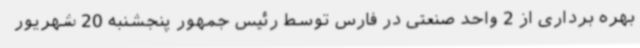
بهره برداری از 2 واحد صنعتی در فارس توسط رئیس جمهور پنجشنبه 20 شهریور